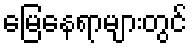
မြေနေရာများတွင်